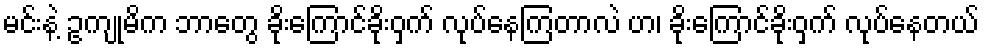
မင်းနဲ့ ဥကျုမိက ဘာတွေ ခိုးကြောင်ခိုးဝှက် လုပ်နေကြတာလဲ ဟ၊ ခိုးကြောင်ခိုးဝှက် လုပ်နေတယ်